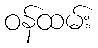
ဝန်ထမ်း